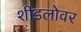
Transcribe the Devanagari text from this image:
शीडलोवर